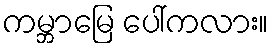
ကမ္ဘာမြေ ပေါ်ကလား။